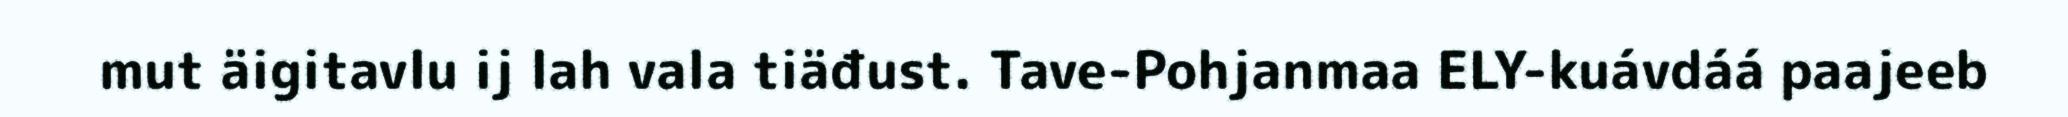
mut äigitavlu ij lah vala tiäđust. Tave-Pohjanmaa ELY-kuávdáá paajeeb